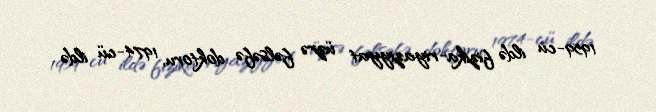
1959-cu ildə fizika-riyaziyyat üzrə fəlsəfə doktoru, 1974-cü ildə